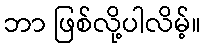
ဘာ ဖြစ်လို့ပါလိမ့်။